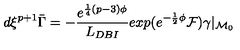
d \xi ^ { p + 1 } \bar { \Gamma } = - { \frac { e ^ { { \frac { 1 } { 4 } } ( p - 3 ) \phi } } { L _ { D B I } } } e x p ( e ^ { { - { \frac { 1 } { 2 } } \phi } } { \cal F } ) \gamma \vert _ { { \cal M } _ { 0 } }